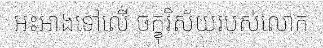
អះអាងទៅលើ ចក្ខុវិស័យរបស់លោក